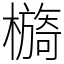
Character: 檹